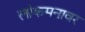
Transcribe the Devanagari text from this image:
लोकमनावर